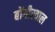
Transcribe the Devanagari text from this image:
बोंगीरवाल